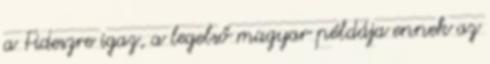
a Fideszre igaz, a legelső magyar példája ennek az